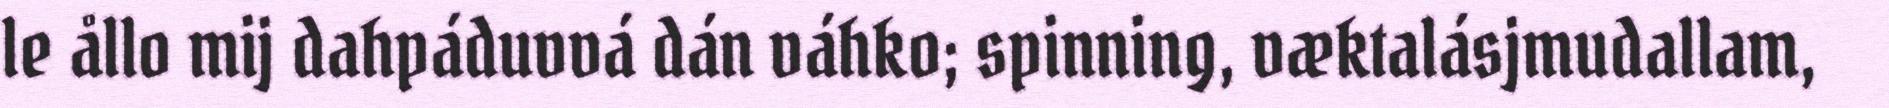
le ållo mij dahpáduvvá dán váhko; spinning, væktalásjmudallam,